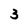
Character: 3